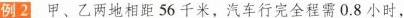
例2甲、乙两地相距56千米，汽车行完全程需0.8小时，